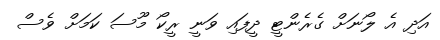
އަދި އެ ލޯނަށް ގެރެންޓީ ދީފައި ވަނީ ރީކޯ މޫސަ ކަމަށް ވެސް